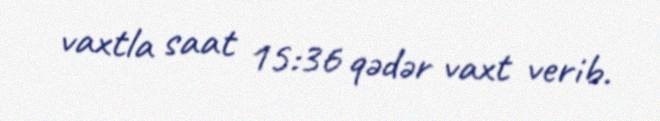
vaxtla saat 15:36 qədər vaxt verib.